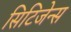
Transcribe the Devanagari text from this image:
सिटिजेन्स